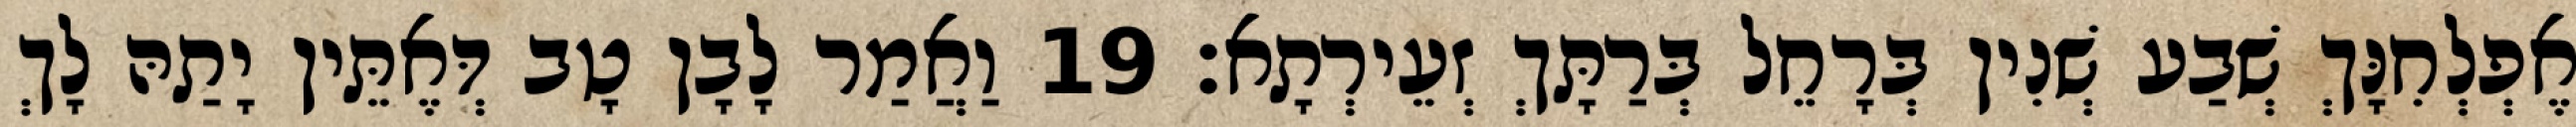
אֶפְלְחִנָּךְ שְׁבַע שְׁנִין בְּרָחֵל בְּרַתָּךְ זְעֵירְתָא׃ 19 וַאֲמַר לָבָן טָב דְּאֶתֵּין יָתַהּ לָךְ